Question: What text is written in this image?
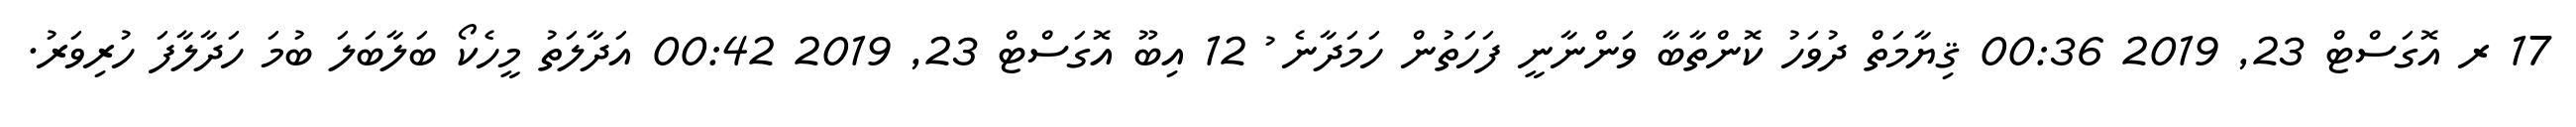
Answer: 17 ރ އޮގަސްޓް 23, 2019 00:36 ޤިޔާމަތް ދުވަހު ކޮންތާބާ ވަންނާނީ ފަހަތުން ހަމަދާނެ ު 12 އިބޫ އޮގަސްޓް 23, 2019 00:42 އަދާލަތު މީހެކޯ ބަލާބަލަ ބުމަ ހަދާލާފަ ހުރިވަރު.